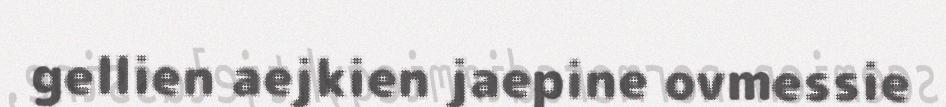
gellien aejkien jaepine ovmessie